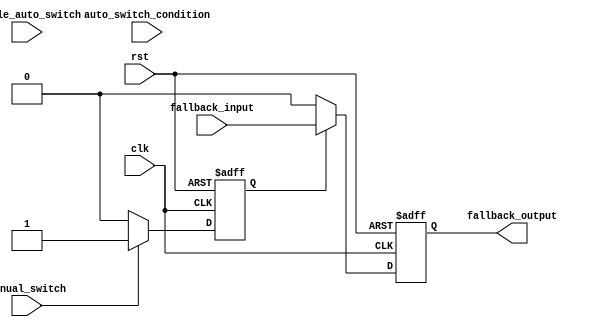
module fallback_bypass (
    input clk,
    input rst,
    input enable_auto_switch,
    input auto_switch_condition,
    input manual_switch,
    input fallback_input,
    output reg fallback_output
);

reg normal_path;
reg fallback_path;

always @(posedge clk or posedge rst) begin
    if (rst) begin
        normal_path <= 1'b0;
        fallback_path <= 1'b0;
        fallback_output <= 1'b0;
    end else begin
        if (enable_auto_switch && auto_switch_condition) begin
            normal_path <= 1'b0;
            fallback_path <= 1'b1;
        end else begin
            normal_path <= 1'b1;
            fallback_path <= 1'b0;
        end
        
        if (manual_switch) begin
            normal_path <= 1'b0;
            fallback_path <= 1'b1;
        end else begin
            normal_path <= 1'b1;
            fallback_path <= 1'b0;
        end
        
        if (fallback_path) begin
            fallback_output <= fallback_input;
        end else begin
            fallback_output <= 1'b0;
        end
    end
end

endmodule